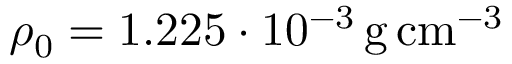
\rho _ { 0 } = 1 . 2 2 5 \cdot 1 0 ^ { - 3 } \, \mathrm { g \, c m } ^ { - 3 }